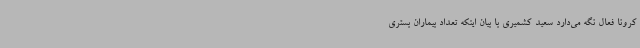
کرونا فعال نگه می‌دارد سعید کشمیری با بیان اینکه تعداد بیماران بستری